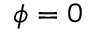
\phi = 0